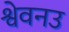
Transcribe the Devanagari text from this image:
श्वेवनउ